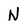
Character: N